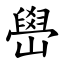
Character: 嶨